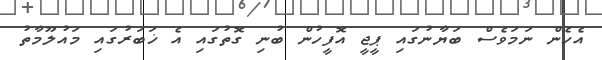
އެހެން ނަމަވެސް ބަޔާނުގައި ޕީޖީ އޮފީހުން ބުނި ގޮތުގައި އެ ޚަބަރުގައި މައުލޫމާތު